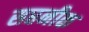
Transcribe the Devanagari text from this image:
सप्तनीक